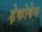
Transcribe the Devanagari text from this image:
ड़ेकोवेन